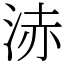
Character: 浾